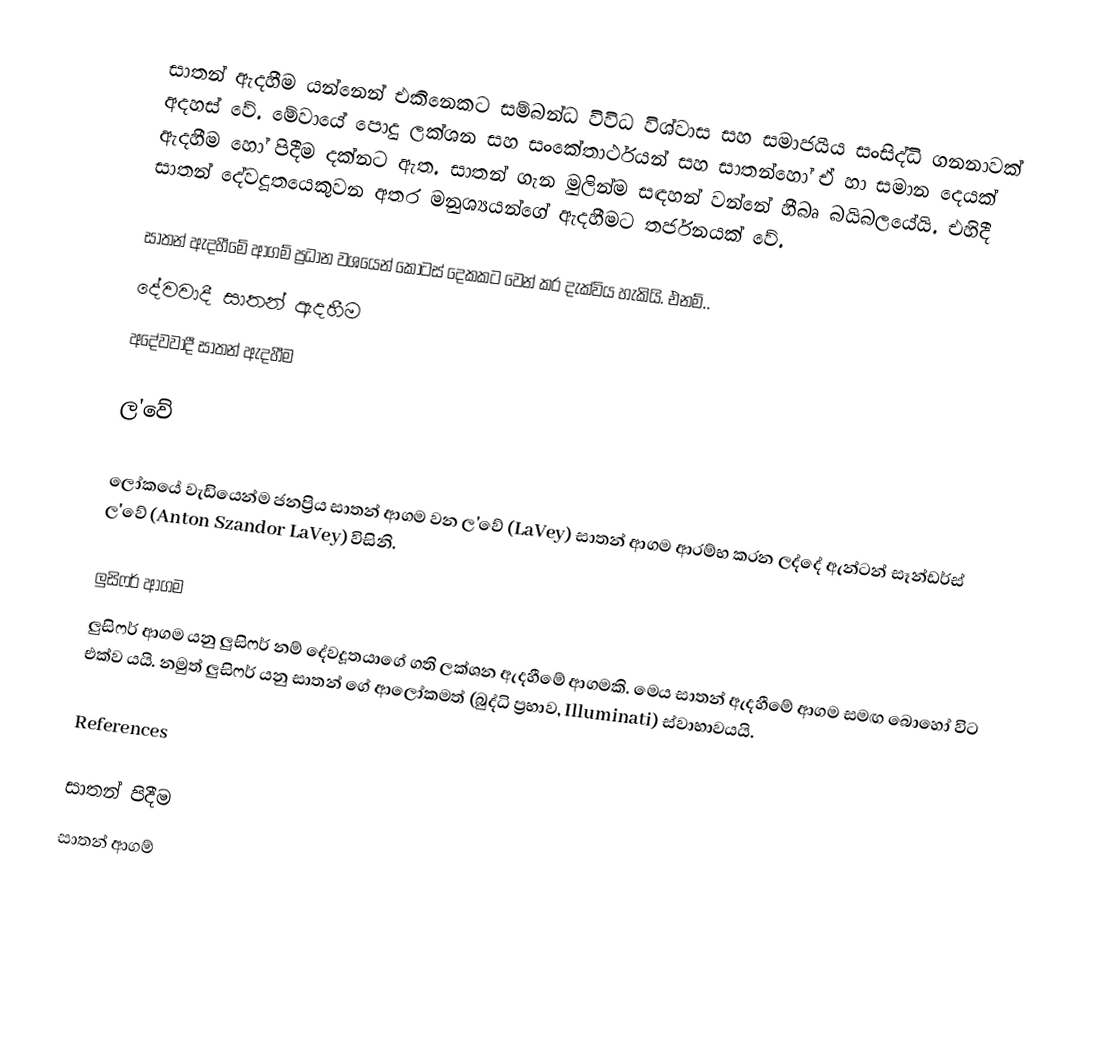
සාතන් ඇදහීම යන්නෙන් එකිනෙකට සම්බන්ධ විවිධ විශ්වාස සහ සමාජයීය සංසිද්ධි ගනනාවක් අදහස් වේ. මේවායේ පොදු ලක්ශන සහ සංකේතාර්ථයන් සහ සාතන්හෝ ඒ හා සමාන දෙයක් ඇදහීම හෝ පිදීම දක්නට ඇත. සාතන් ගැන මුලින්ම සඳහන් වන්නේ හීබෘ බයිබලයේයි. එහිදී සාතන් දේවදූතයෙකුවන අතර මනුශ්‍යයන්ගේ ඇදහීමට තර්ජනයක් වේ.

සාතන් ඇදහීමේ ආගම් ප්‍රධාන වශයෙන් කොටස් දෙකකට වෙන් කර දැක්විය හැකියි. එනම්..
 දේවවාදී සාතන් ඇදහීම
 අදේවවාදී සාතන් ඇදහීම

ල'වේ

ලෝකයේ වැඩියෙන්ම ජනප්‍රිය සාතන් ආගම වන ල'වේ (LaVey) සාතන් ආගම ආරම්භ කරන ලද්දේ  ඇන්ටන් සෑන්ඩර්ස් ල'වේ (Anton Szandor LaVey) විසිනි.

ලුසිෆර් ආගම
ලුසිෆර් ආගම යනු ලුසිෆර් නම් දේවදූතයාගේ ගති ලක්ශන ඇදහීමේ ආගමකි. මෙය සාතන් ඇදහීමේ ආගම සමඟ බොහෝ විට එක්ව යයි. නමුත් ලුසිෆර් යනු සාතන් ගේ ආලෝකමත් (බුද්ධි ප්‍රභාව, Illuminati) ස්වාභාවයයි.

References

සාතන් පිදීම
සාතන් ආගම්